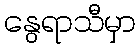
နွေရာသီမှာ